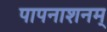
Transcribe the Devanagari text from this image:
पापनाशनम्